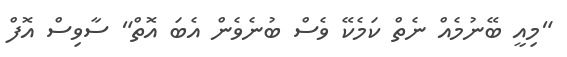
"މިއީ ބޭނުމެއް ނެތް ކަމެކޭ ވެސް ބުނެވެން އެބަ އޮތް" ސާވިސް އޮފް